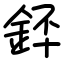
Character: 銔